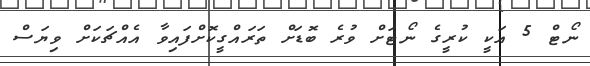
ނޯޓް 5 އަކީ ކުރީގެ ނޯޓަށް ވުރެ ބޮޑަށް ތަރައްގީކޮށްފައިވާ އެއްޗަކަށް ވިޔަސް